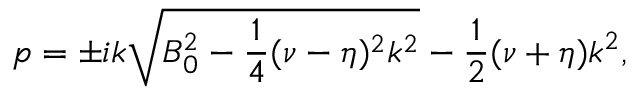
p = \pm i k \sqrt { B _ { 0 } ^ { 2 } - \frac { 1 } { 4 } ( \nu - \eta ) ^ { 2 } k ^ { 2 } } - \frac { 1 } { 2 } ( \nu + \eta ) k ^ { 2 } ,